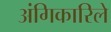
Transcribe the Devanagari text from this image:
अंगिकारिले